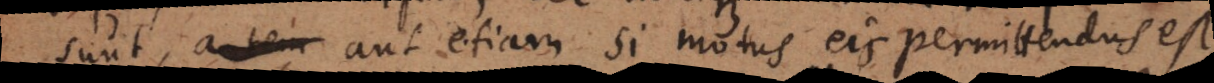
sunt, aut etiam si motus eis permittendus est,